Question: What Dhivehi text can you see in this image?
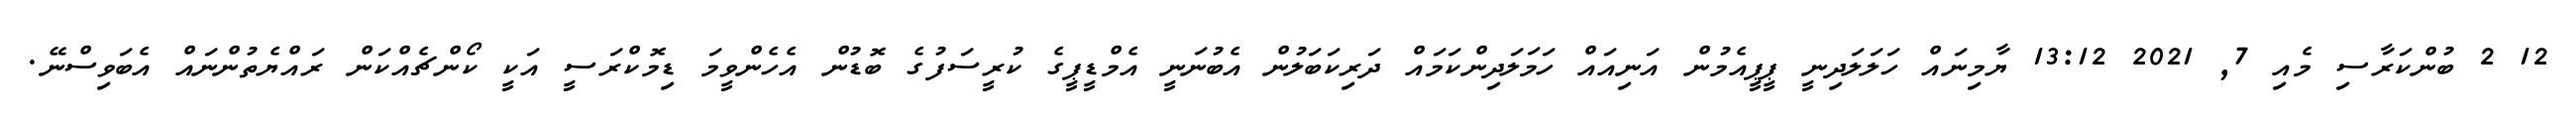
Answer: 12 2 ބުންކަރާސި މެއި 7, 2021 13:12 ޔާމިނައް ހަލަލަދިނީ ޕީޕީއެމުން އަނިއައް ހަމަލަދިންކަމައް ދަރިކަބަލުން އެބުނަނީ އެމްޑީޕީގެ ކުރީސަފުގެ ބޮޑުން އެހެންވީމަ ޑިމޮކްރަސީ އަކީ ކޯންޗެއްކަން ރައްޔެތުންނައް އެބަވިސްނޭ.